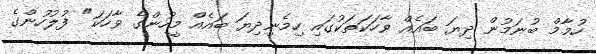
ހުމާމް ބުނަމުން ދިޔަ ބައެއް ވާހަކަތަކުގައި ހިމެނިދިޔަ ބައެއް މީހުންގެ ވާހަކަ" ފުލުހުންގެ